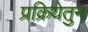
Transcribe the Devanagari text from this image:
प्रक्रियेतुन